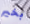
بخير